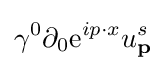
\gamma ^{0}\partial _{0}\mathrm {e} ^{ip\cdot x}u_{\textbf {p}}^{s}